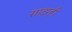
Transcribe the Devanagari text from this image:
सादरही